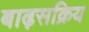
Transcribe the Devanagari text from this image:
बाढ़सक्रिय